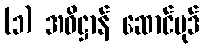
(၁) အဓိဋ္ဌာန် ဆောင်ပုဒ်